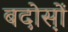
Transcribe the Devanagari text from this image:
बदोस़ों